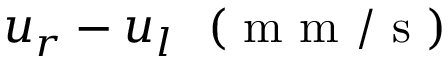
u _ { r } - u _ { l } ~ \mathrm { ~ ( ~ m ~ m ~ / ~ s ~ ) ~ }